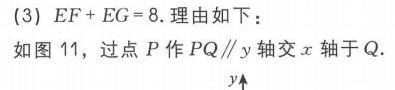
(3) \(EF + EG = 8\). 理由如下：
如图 11，过点 \(P\) 作 \(PQ\parallel y\) 轴交 \(x\) 轴于 \(Q\).